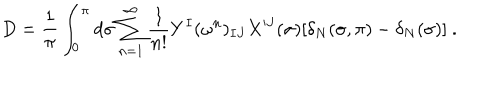
LaTeX: D = \frac { 1 } { \pi } \int _ { 0 } ^ { \pi } d \sigma \sum _ { n = 1 } ^ { \infty } \frac { 1 } { n ! } Y ^ { I } ( \omega ^ { n } ) _ { I J } X ^ { J } ( \sigma ) [ \delta _ { N } ( \sigma , \pi ) - \delta _ { N } ( \sigma ) ] \ .